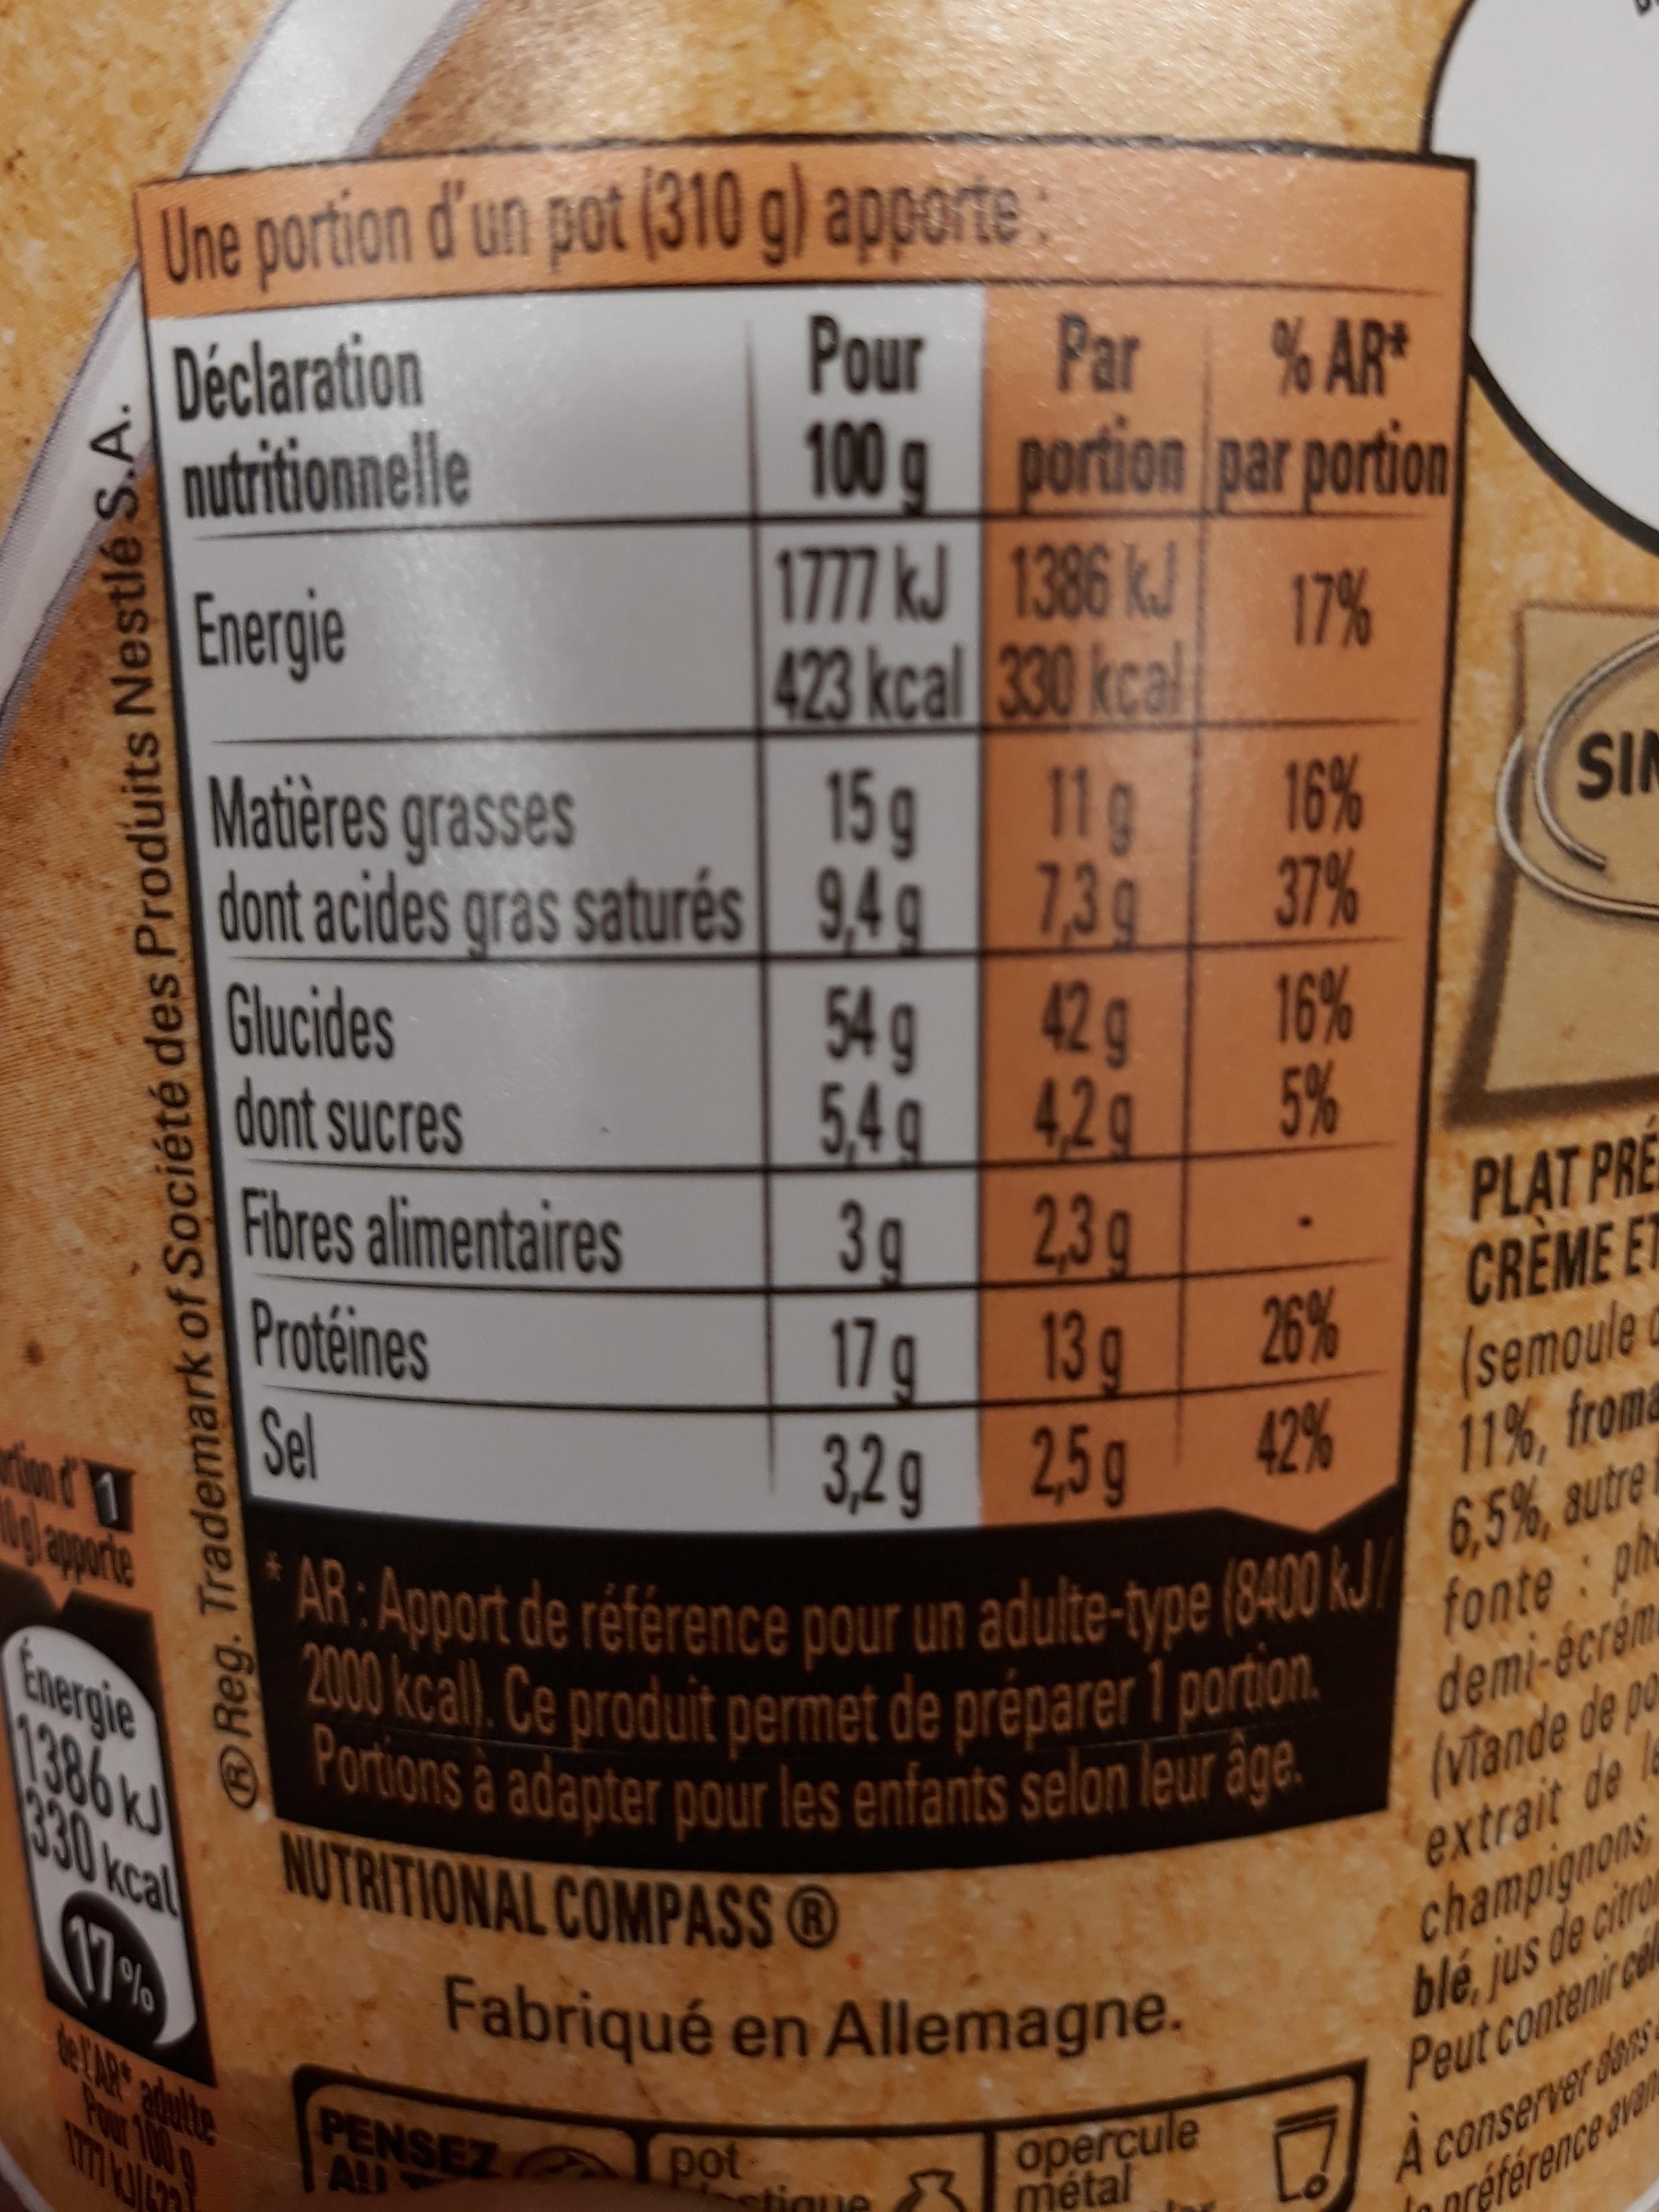
Reg. Trademark of Société des Produits Nestlé S.A.
Ng apporte
Une portion d'un pot (310 g) apporte:
Déclaration
nutritionnelle
Energie
Energie
Glucides
dont sucres
Fibres alimentaires
Protéines
Sel
Matières grasses
dont acides gras saturés 9,4g
Pour
100 g
1777 kJ
423 kcal
PENSEZ All
pot
Par
% AR*
portion par portion
17%
15g 11g
739
54g
5,4g
1386 kJ
330 kcal
42 g
4,2g
3g 2,3g
17g
13g
3,2g
25 g
Fabriqué en Allemagne.
16%
37%
opercule stique métal
16%
5%
26%
(semoule
11% from
AR: Apport de référence pour un adulte-type (8400 kJ 65%, autre 2000 kcal). Ce produit permet de préparer 1 portion. Portions à adapter pour les enfants selon leur âge.
fonte: pho
NUTRITIONAL COMPASS Ⓡ
42%
SIN
PLAT PRE
CREME ET
demi-écrém
(viande de po
extrait de
champignons
ble jus de citron
Peut contenir ce
A conserver dans reference avan